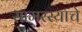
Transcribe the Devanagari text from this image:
सामरस्याचे